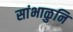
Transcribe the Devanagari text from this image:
सांभाळुनि